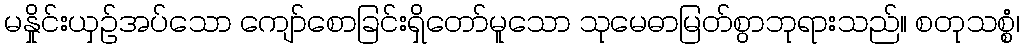
မနှိုင်းယှဉ်အပ်သော ကျော်စောခြင်းရှိတော်မူသော သုမေဓာမြတ်စွာဘုရားသည်။ စတုသစ္စံ၊